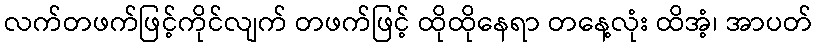
လက်တဖက်ဖြင့်ကိုင်လျက် တဖက်ဖြင့် ထိုထိုနေရာ တနေ့လုံး ထိအံ့၊ အာပတ်